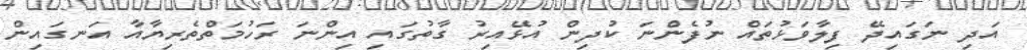
އަދި ނަގައިދޭ ފިލާވަޅުތައް ނުފެންނަ ކުދިން އުޅޭއިރު ގާތުގައި އިންނަ ރަހުމަތްތެރިޔާއާ އަނގައިން